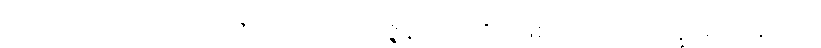
ဥပါသကော၊ ဥပါသကာသည်။ ပုထုဇ္ဇနံ၊ ပုထုဇဉ်ဖြစ်သော။ ဘိက္ခုံ၊ ရဟန်းကို။